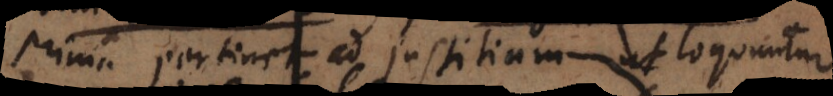
Prima pertinet ad justitiam, ut loquuntur